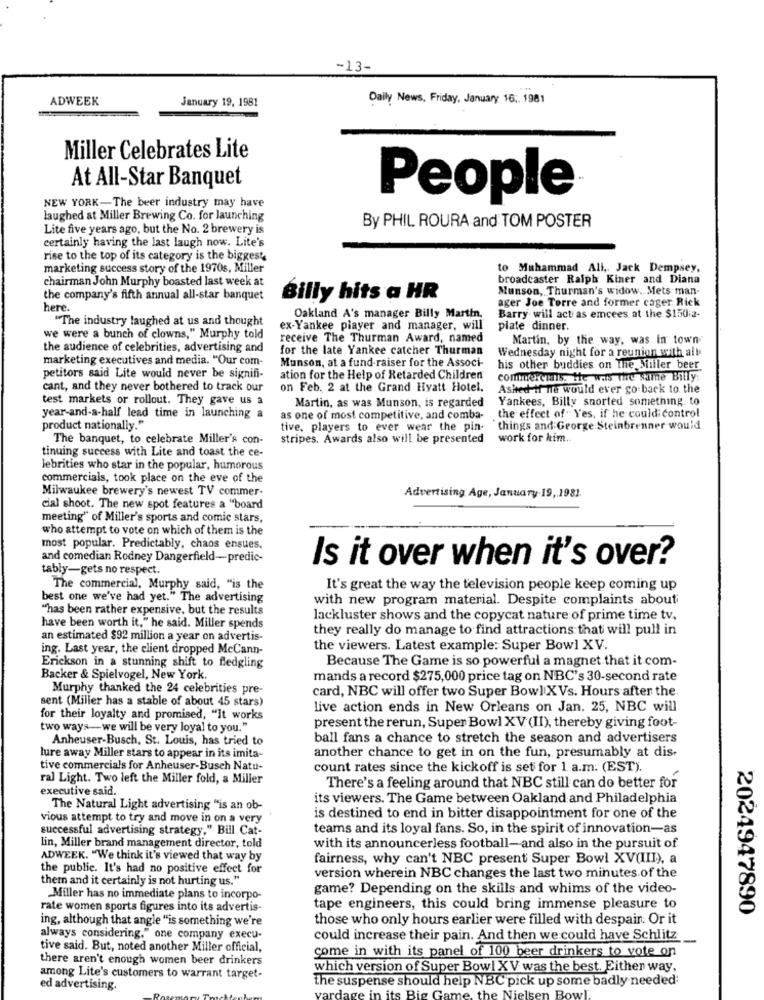
-13-
ADWEEK
January 19, 1981
Daily News, Friday, January 16 ., 1981
Miller Celebrates Lite
At All-Star Banquet
People
NEW YORK-The beer industry may have
laughed at Miller Brewing Co. for launching
Lite five years ago, but the No. 2 brewery is
By PHIL ROURA and TOM POSTER
certainly having the last laugh now. Lite's
rise to the top of its category is the biggest
marketing success story of the 1970s, Miller
to Muhammad Ali ,, Jack Dempsey,
chairman John Murphy boasted last week at
broadcaster Ralph Kiner and Diana
Munson, Thurman's widow. Mets man-
the company's fifth annual all-star banquet
Billy hits a HR
ager Joe Torre and former cager Rick
here.
"The industry laughed at us and thought
Oakland A's manager Billy Martin.
Barry will act as emcees at the $150:2-
ex-Yankee player and manager, will
plate dinner.
we were a bunch of clowns," Murphy told
receive The Thurman Award, named
Martin, by the way, was In town
the audience of celebrities, advertising and
for the late Yankee catcher Thurman
Wednesday night for a reunion with all
marketing executives and media. "Our com-
Munson, at a fund-raiser for the Associ-
his other buddies on the Miller beer
petitors said Lite would never be signifi-
ation for the Help of Retarded Children
commercials. the was the same Billy:
cant, and they never bothered to track our
on Feb. 2 at the Grand Hyatt Hotel.
Asked if ne would ever go back to the
test markets or rollout. They gave us a
Martin, as was Munson, is regarded
Yankees, Billy snorted something. to
year-and-a-half lead time in launching a
as one of most competitive, and comba-
the effect of Yes, if he could control
product nationally."
tive, players to ever wear the pin-
`things and George:Steinbrenner would
The banquet, to celebrate Miller's con-
stripes. Awards also will be presented
work for kim.
tinuing success with Lite and toast the ce-
lebrities who star in the popular, humorous
commercials, took place on the eve of the
Milwaukee brewery's newest TV commer-
Advertising Age, January-19, 1981.
cial shoot. The new spot features a "board
meeting" of Miller's sports and comic stars,
who attempt to vote on which of them is the
most popular. Predictably, chaos ensues,
and comedian Rodney Dangerfield-predic-
Is it over when it's over?
tably-gets no respect.
The commercial, Murphy said, "is the
It's great the way the television people keep coming up
best one we've had yet." The advertising
with new program material. Despite complaints about
"has been rather expensive, but the results
lackluster shows and the copycat nature of prime time tv,
have been worth it," he said. Miller spends
they really do manage to find attractions that will pull in
an estimated $92 million a year on advertis-
ing. Last year, the client dropped McCann-
the viewers. Latest example: Super Bowl XV.
Because The Game is so powerful a magnet that it com-
Erickson in a stunning shift to fledgling
Backer & Spielvogel, New York.
mands a record $275,000 price tag on NBC's 30-second rate
Murphy thanked the 24 celebrities pre-
card, NBC will offer two Super Bowl XVs. Hours after the.
sent (Miller has a stable of about 45 stars)
live action ends in New Orleans on Jan. 25, NBC will
for their loyalty and promised, "It works
two ways-we will be very loyal to you."
present the rerun, Super Bowl XV (II), thereby giving foot-
Anheuser-Busch, St. Louis, has tried to
ball fans a chance to stretch the season and advertisers
another chance to get in on the fun, presumably at dis-
lure away Miller stars to appear in its imita-
tive commercials for Anheuser-Busch Natu-
count rates since the kickoff is set for 1. a.m. (EST).
ral Light. Two left the Miller fold, a Miller
executive said.
There's a feeling around that NBC still can do better for
its viewers. The Game between Oakland and Philadelphia
The Natural Light advertising "is an ob-
vious attempt to try and move in on a very
is destined to end in bitter disappointment for one of the
successful advertising strategy," Bill Cat-
teams and its loyal fans. So, in the spirit of innovation-as
lin, Miller brand management director, told
with its announcerless football-and also in the pursuit of
ADWEEK. "We think it's viewed that way by
fairness, why can't NBC present Super Bowl XV(III), a
the public. It's had no positive effect for
thetn and it certainly is not hurting us."
version wherein NBC changes the last two minutes of the
game? Depending on the skills and whims of the video-
Miller has no immediate plans to incorpo-
rate women sports figures into its advertis-
tape engineers, this could bring immense pleasure to
2024947890
ing, although that angle "is something we're
those who only hours earlier were filled with despain. Or it
always considering," one company execu-
could increase their pain. And then we could have Schlitz
.-
tive said. But, noted another Miller official,
there aren't enough women beer drinkers
come in with its panel of 100 beer drinkers to vote on
which version of Super Bowl XV was the best. Either way,
among Lite's customers to warrant target-
the suspense should help NBC pick up some badly needed
ed advertising.